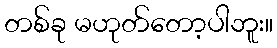
တစ်ခု မဟုတ်တော့ပါဘူး။